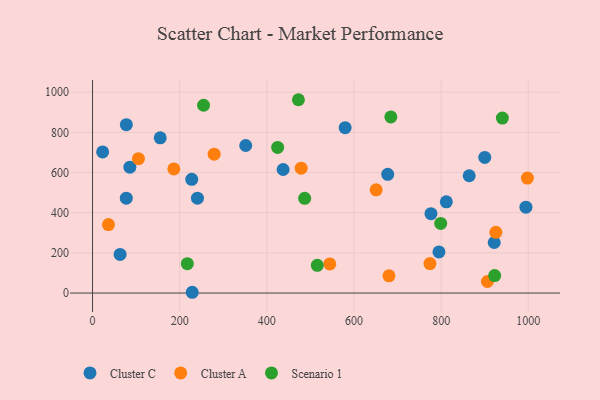
{"axis": {"x": "Speed", "y": "Sales"}, "legend": ["Cluster A", "Cluster C", "Scenario 1"], "data": [{"x": "864.4", "y": 584.0, "type": "Cluster C"}, {"x": "228.8", "y": 3.9, "type": "Cluster C"}, {"x": "351.6", "y": 734.5, "type": "Cluster C"}, {"x": "240.8", "y": 472.4, "type": "Cluster C"}, {"x": "437.4", "y": 615.1, "type": "Cluster C"}, {"x": "994.6", "y": 427.5, "type": "Cluster C"}, {"x": "63.3", "y": 192.1, "type": "Cluster C"}, {"x": "579.7", "y": 823.5, "type": "Cluster C"}, {"x": "227.7", "y": 566.1, "type": "Cluster C"}, {"x": "77.6", "y": 838.2, "type": "Cluster C"}, {"x": "900.1", "y": 675.2, "type": "Cluster C"}, {"x": "77.5", "y": 472.2, "type": "Cluster C"}, {"x": "795.0", "y": 204.7, "type": "Cluster C"}, {"x": "155.4", "y": 773.0, "type": "Cluster C"}, {"x": "677.4", "y": 590.9, "type": "Cluster C"}, {"x": "85.7", "y": 626.7, "type": "Cluster C"}, {"x": "776.7", "y": 395.0, "type": "Cluster C"}, {"x": "23.2", "y": 702.7, "type": "Cluster C"}, {"x": "811.9", "y": 454.3, "type": "Cluster C"}, {"x": "921.8", "y": 251.8, "type": "Cluster C"}, {"x": "279.1", "y": 691.4, "type": "Cluster A"}, {"x": "186.6", "y": 617.8, "type": "Cluster A"}, {"x": "997.9", "y": 572.2, "type": "Cluster A"}, {"x": "478.8", "y": 621.7, "type": "Cluster A"}, {"x": "906.2", "y": 57.6, "type": "Cluster A"}, {"x": "925.6", "y": 302.6, "type": "Cluster A"}, {"x": "774.3", "y": 147.0, "type": "Cluster A"}, {"x": "544.5", "y": 144.8, "type": "Cluster A"}, {"x": "36.6", "y": 341.0, "type": "Cluster A"}, {"x": "650.9", "y": 514.1, "type": "Cluster A"}, {"x": "680.3", "y": 85.8, "type": "Cluster A"}, {"x": "105.4", "y": 668.8, "type": "Cluster A"}, {"x": "940.5", "y": 871.3, "type": "Scenario 1"}, {"x": "217.6", "y": 146.1, "type": "Scenario 1"}, {"x": "424.8", "y": 724.8, "type": "Scenario 1"}, {"x": "684.6", "y": 877.0, "type": "Scenario 1"}, {"x": "472.5", "y": 962.5, "type": "Scenario 1"}, {"x": "486.9", "y": 471.7, "type": "Scenario 1"}, {"x": "254.8", "y": 935.1, "type": "Scenario 1"}, {"x": "922.8", "y": 87.2, "type": "Scenario 1"}, {"x": "799.0", "y": 346.8, "type": "Scenario 1"}, {"x": "515.8", "y": 138.0, "type": "Scenario 1"}]}